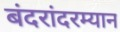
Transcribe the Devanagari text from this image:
बंदरांदरम्यान